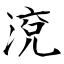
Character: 渷